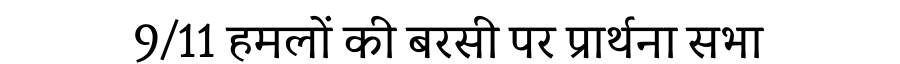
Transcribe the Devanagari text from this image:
9/11 हमलों की बरसी पर प्रार्थना सभा